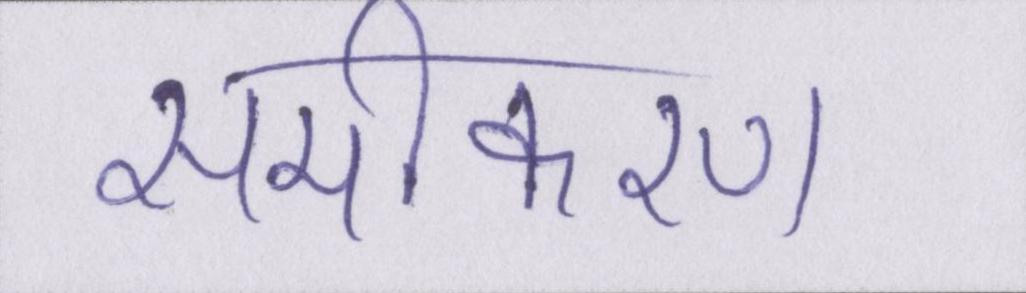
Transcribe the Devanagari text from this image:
समीकरण